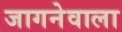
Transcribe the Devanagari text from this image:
जागनेवाला